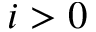
i > 0